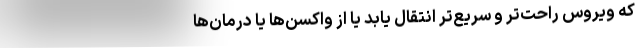
که ویروس راحت‌تر و سریع‌تر انتقال یابد یا از واکسن‌ها یا درمان‌ها